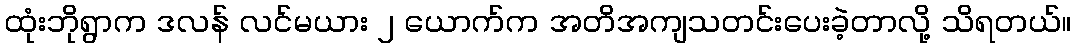
ထုံးဘိုရွာက ဒလန် လင်မယား ၂ ယောက်က အတိအကျသတင်းပေးခဲ့တာလို့ သိရတယ်။